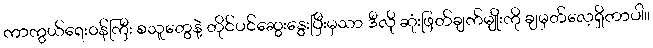
ကာကွယ်ရေးဝန်ကြီး စသူတွေနဲ့ တိုင်ပင်ဆွေးနွေးပြီးမှသာ ဒီလို ဆုံးဖြတ်ချက်မျိုးကို ချမှတ်လေ့ရှိတာပါ။